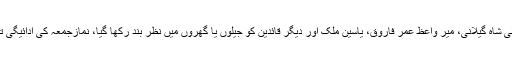
قائد حریت سید علی شاہ گیلانی، میر واعظ عمر فاروق، یاسین ملک اور دیگر قائدین کو جیلوں یا گھروں میں نظر بند رکھا گیا، نمازجمعہ کی ادائیگی تک سے روکا گیا۔